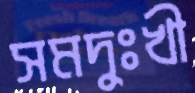
সমদুঃখী